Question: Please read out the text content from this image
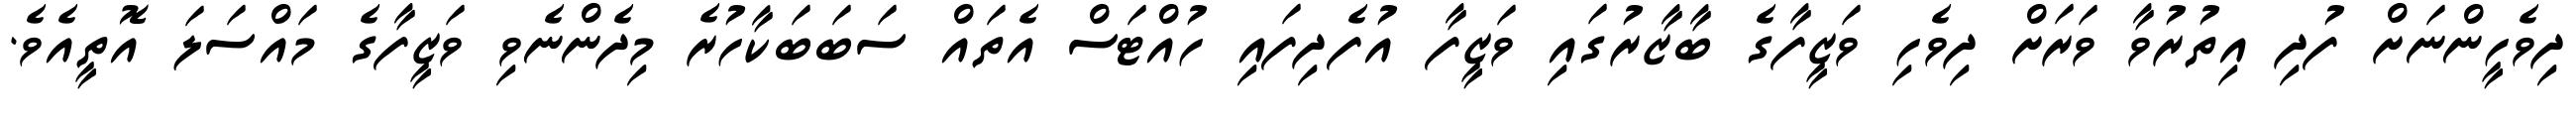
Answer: ދިވެހީންނަށް ފުދި އިތުރުވާ ވަރަށް ދިވެހި ވަޒީފާގެ ބާޒާރުގައި ވަޒީފާ އުފެދިފައި ހުއްޓަސް އެތައް ސަބަބަކާހުރެ މިދެންނެވި ވަޒީފާގެ މައްސަލަ އޮތީއެވެ.